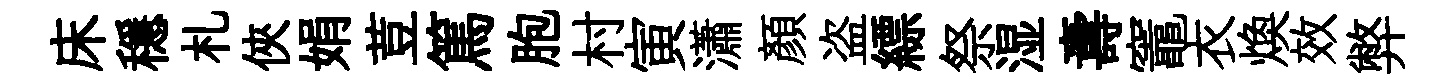
床穩札俠娟荳篤胞村寅瀟顔盗縹祭湿夀竈衣焕效弊